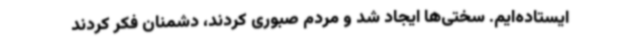
ایستاده‌ایم. سختی‌ها ایجاد شد و مردم صبوری کردند، دشمنان فکر کردند